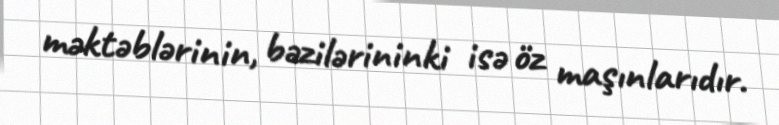
məktəblərinin, bəzilərininki isə öz maşınlarıdır.